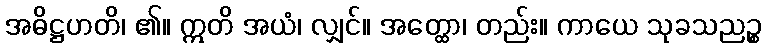
အဓိဋ္ဌဟတိ၊ ၏။ ဣတိ အယံ၊ လျှင်။ အတ္ထော၊ တည်း။ ကာယေ သုခသညဉ္စ